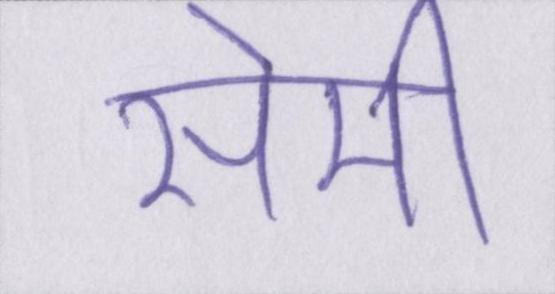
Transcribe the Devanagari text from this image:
सेमी